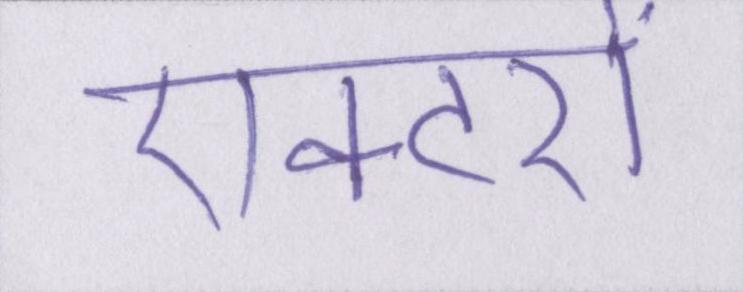
एक्टरों